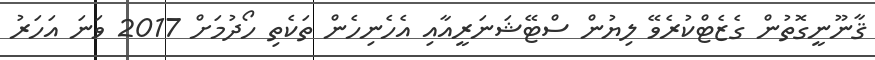
ޤާނޫނީގޮތުން ގެޒެޓްކުރެވޭ ލިޔުން ސްޓޭޝަނަރީއާއި އެހެނިހެން ތަކެތި ހޯދުމަށް 2017 ވަނަ އަހަރު